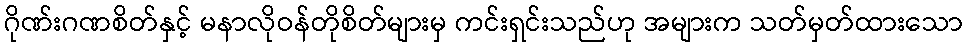
ဂိုဏ်းဂဏစိတ်နှင့် မနာလိုဝန်တိုစိတ်များမှ ကင်းရှင်းသည်ဟု အများက သတ်မှတ်ထားသော